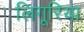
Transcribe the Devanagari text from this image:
लिगूरिया